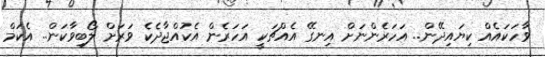
ވާހަކައެއް ކިޔައިދޭން.. އަހަރެންނަށް އިނގޭ އެއްޗަކީ އަހަރެން އެކުއްޖާދެކެ ވަރަށް ލޯބިވާކަން.. އެކަމް